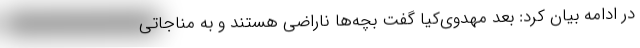
در ادامه بیان کرد: بعد مهدوی‌کیا گفت بچه‌ها ناراضی هستند و به مناجاتی